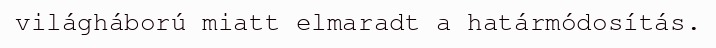
világháború miatt elmaradt a határmódosítás.